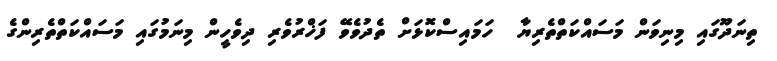
ތިނަދޫގައި މިނިވަން މަސައްކަތްތެރިޔާ  ހަމައިސްކޮޅަށް ތެދުވެވޭ ފަޚްރުވެރި ދިވެހީން މިނަމުގައި މަސައްކަތްތެރިންގެ